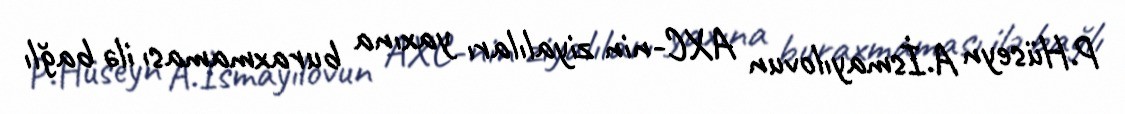
P.Hüseyn A.İsmayılovun AXC-nin ziyalıları yaxına buraxmaması ilə bağlı